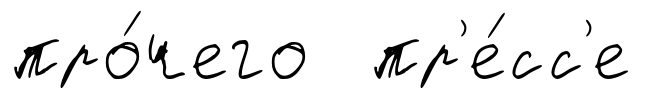
про́чего пр'е́сс'е